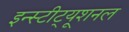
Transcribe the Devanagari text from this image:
इन्स्टीट्यूशनल